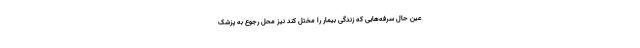
عین حال سرفه‌هایی که زندگی بیمار را مختل کند نیز محل رجوع به پزشک